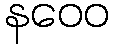
နဝေဝ